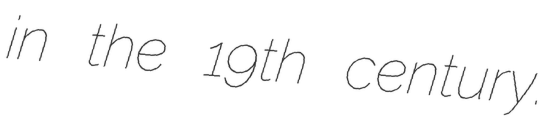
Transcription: in the 19th century.